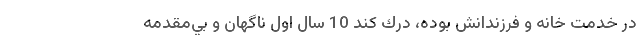
در خدمت خانه و فرزندانش بوده، درك كند 10 سال اول ناگهان و بي‌مقدمه